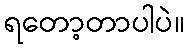
ရတော့တာပါပဲ။